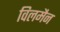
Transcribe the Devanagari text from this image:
विलमैन